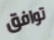
توافق